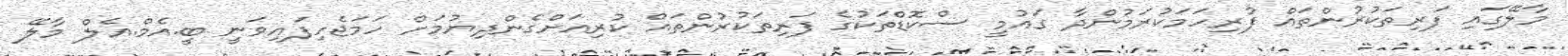
މާލޭގައި ފަރިތަކުރުންތައް ފުރިހަމަކުރަމުންދާ ގައުމީ ސްކޮޑްތަކުގެ ފަރިތަކުރުންތައް ކުރިއަށްގެންދިޔުމަށް ހަމަޖެހިފައިވަނީ ބީ.އެމް.އެލް މާލޭ